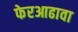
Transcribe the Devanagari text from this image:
फेरआढावा